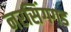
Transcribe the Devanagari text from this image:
नरसिंगगड